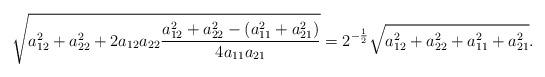
LaTeX: \begin{align*}\sqrt{a_{12}^{2}+a_{22}^{2}+2a_{12}a_{22}\frac{a_{12}^{2}+a_{22}^{2}-(a_{11}^{2}+a_{21}^{2})}{4a_{11}a_{21}}}=2^{-\frac{1}{2}}\sqrt{a_{12}^{2}+a_{22}^{2}+a_{11}^{2}+a_{21}^{2}}. \end{align*}